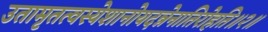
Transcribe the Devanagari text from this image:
उतामृतत्वस्येशानोयदन्नेनातिरोहति॥२॥